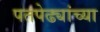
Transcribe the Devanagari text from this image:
पतपेढ्यांच्या